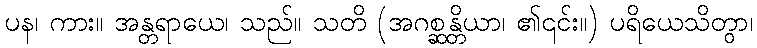
ပန၊ ကား။ အန္တရာယေ၊ သည်။ သတိ (အဂစ္ဆန္တိယာ၊ ၏၎င်း။) ပရိယေသိတွာ၊